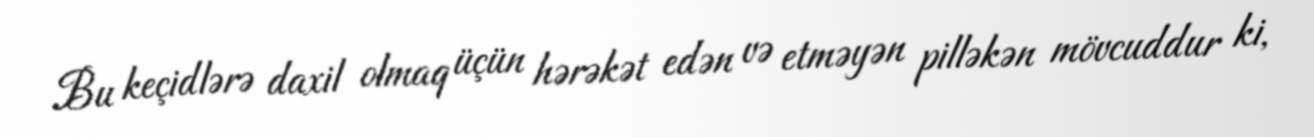
Bu keçidlərə daxil olmaq üçün hərəkət edən və etməyən pilləkən mövcuddur ki,